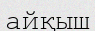
айқыш